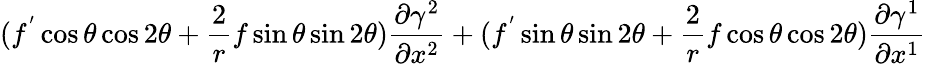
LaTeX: (f^{'}\cos\theta\cos 2\theta+\frac{2}{r}f\sin\theta\sin 2\theta)\frac{\partial\gamma^{2}}{\partial x^{2}}+(f^{'}\sin\theta\sin 2\theta+\frac{2}{r}f\cos\theta\cos 2\theta)\frac{\partial\gamma^{1}}{\partial x^{1}}